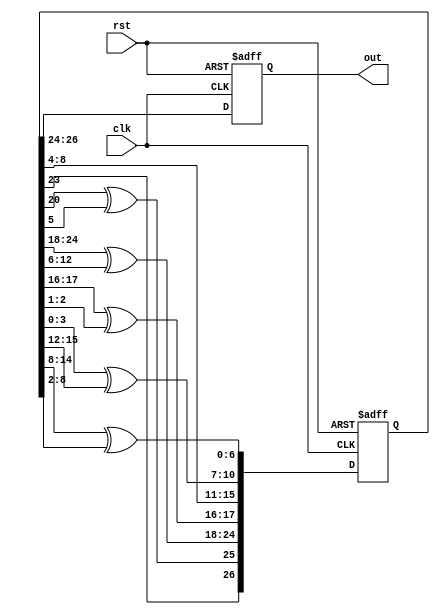
module RandomTetromino(clk, rst, out);
    input clk, rst;
    reg [31:0] rand;
    output reg[2:0] out;
    
    always @(posedge clk or negedge rst) begin
        if (rst == 1'b0) begin
            out <= 3'b0;
            rand <= 32'h55555555;
        end
        else begin
            rand <= {
                rand[31:28],                // 4
                rand[27:25] ^ rand[5:3],    // 3
                rand[23],                   // 1
                rand[20] ^ rand[5],         // 1
                rand[24:18] ^ rand[12:6],   // 7
                rand[17:16] ^ rand[2:1],    // 2
                rand[8:4],                  // 5
                rand[3:0] ^ rand[15:12],    // 4
                rand[14:8] ^ rand[8:2]      // 6
            };
            out <= rand[26:24];
        end
    end
endmodule